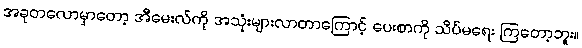
အခုတလောမှာတော့ အီမေးလ်ကို အသုံးများလာတာကြောင့် ပေးစာကို သိပ်မရေး ကြတော့ဘူး။